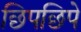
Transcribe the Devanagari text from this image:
छिपछिपे